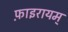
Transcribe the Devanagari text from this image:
फ़ाइरायम्